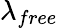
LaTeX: \lambda_{free}